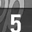
Digit: 5